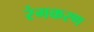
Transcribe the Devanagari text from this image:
रंगकरण